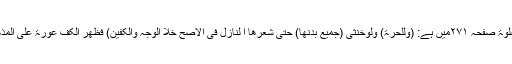
در مختار جلداول کتاب الصلوۃ صفحہ ۲۷۱میں ہے: (وللحرۃ) ولوخنثی (جمیع بدنھا) حتی شعرھا ا لنازل فی الاصح خلا الوجہ والکفین) فظھر الکف عورۃ علی المذھب (والقدمین) علی المعتمد۔